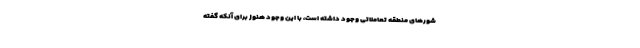
شورهای منطقه تعاملاتی وجود داشته است، با این وجود هنوز برای آنکه گفته